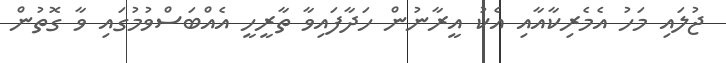
ޖުލައި މަހު އެމެރިކާއާއި އެކު އީރާނުން ހަދާފައިވާ ތާރީހީ އެއްބަސްވުމުގައި ވާ ގޮތުން